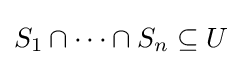
S_{1}\cap \cdots \cap S_{n}\subseteq U